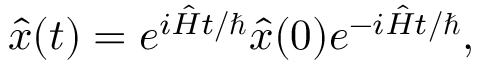
\begin{array} { r } { { \hat { x } } ( t ) = e ^ { i { \hat { H } } t / \hbar } { \hat { x } } ( 0 ) e ^ { - i { \hat { H } } t / \hbar } , } \end{array}